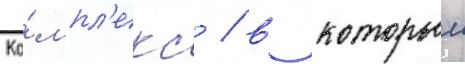
Ко́мпл'екс / в которыи